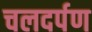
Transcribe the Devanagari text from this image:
चलदर्पण